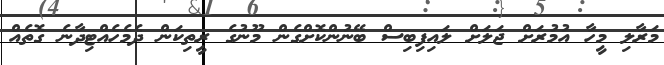
މަރާލި މީހާ އުމުރަށް ޖަލަށް ލައިފިބިސް ބޭނުންކޮށްގެން މޫނުގެ ރީތިކަން ދެމެހެއްޓިދާނެ ގޮތެއް